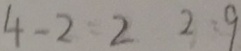
4 - 2 : 2 2 : 9